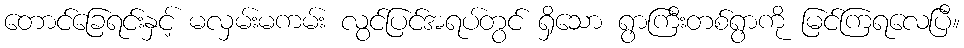
တောင်ခြေရင်းနှင့် မလှမ်းမကမ်း လွင်ပြင်အရပ်တွင် ရှိသော ရွာကြီးတစ်ရွာကို မြင်ကြရလေပြီ။